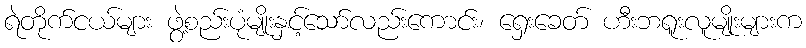
ရဲတိုက်ငယ်များ ဖွဲ့စည်းပုံမျိုးနှင့်သော်လည်းကောင်း၊ ရှေးခေတ် ဟီးဘရူးလူမျိုးများက